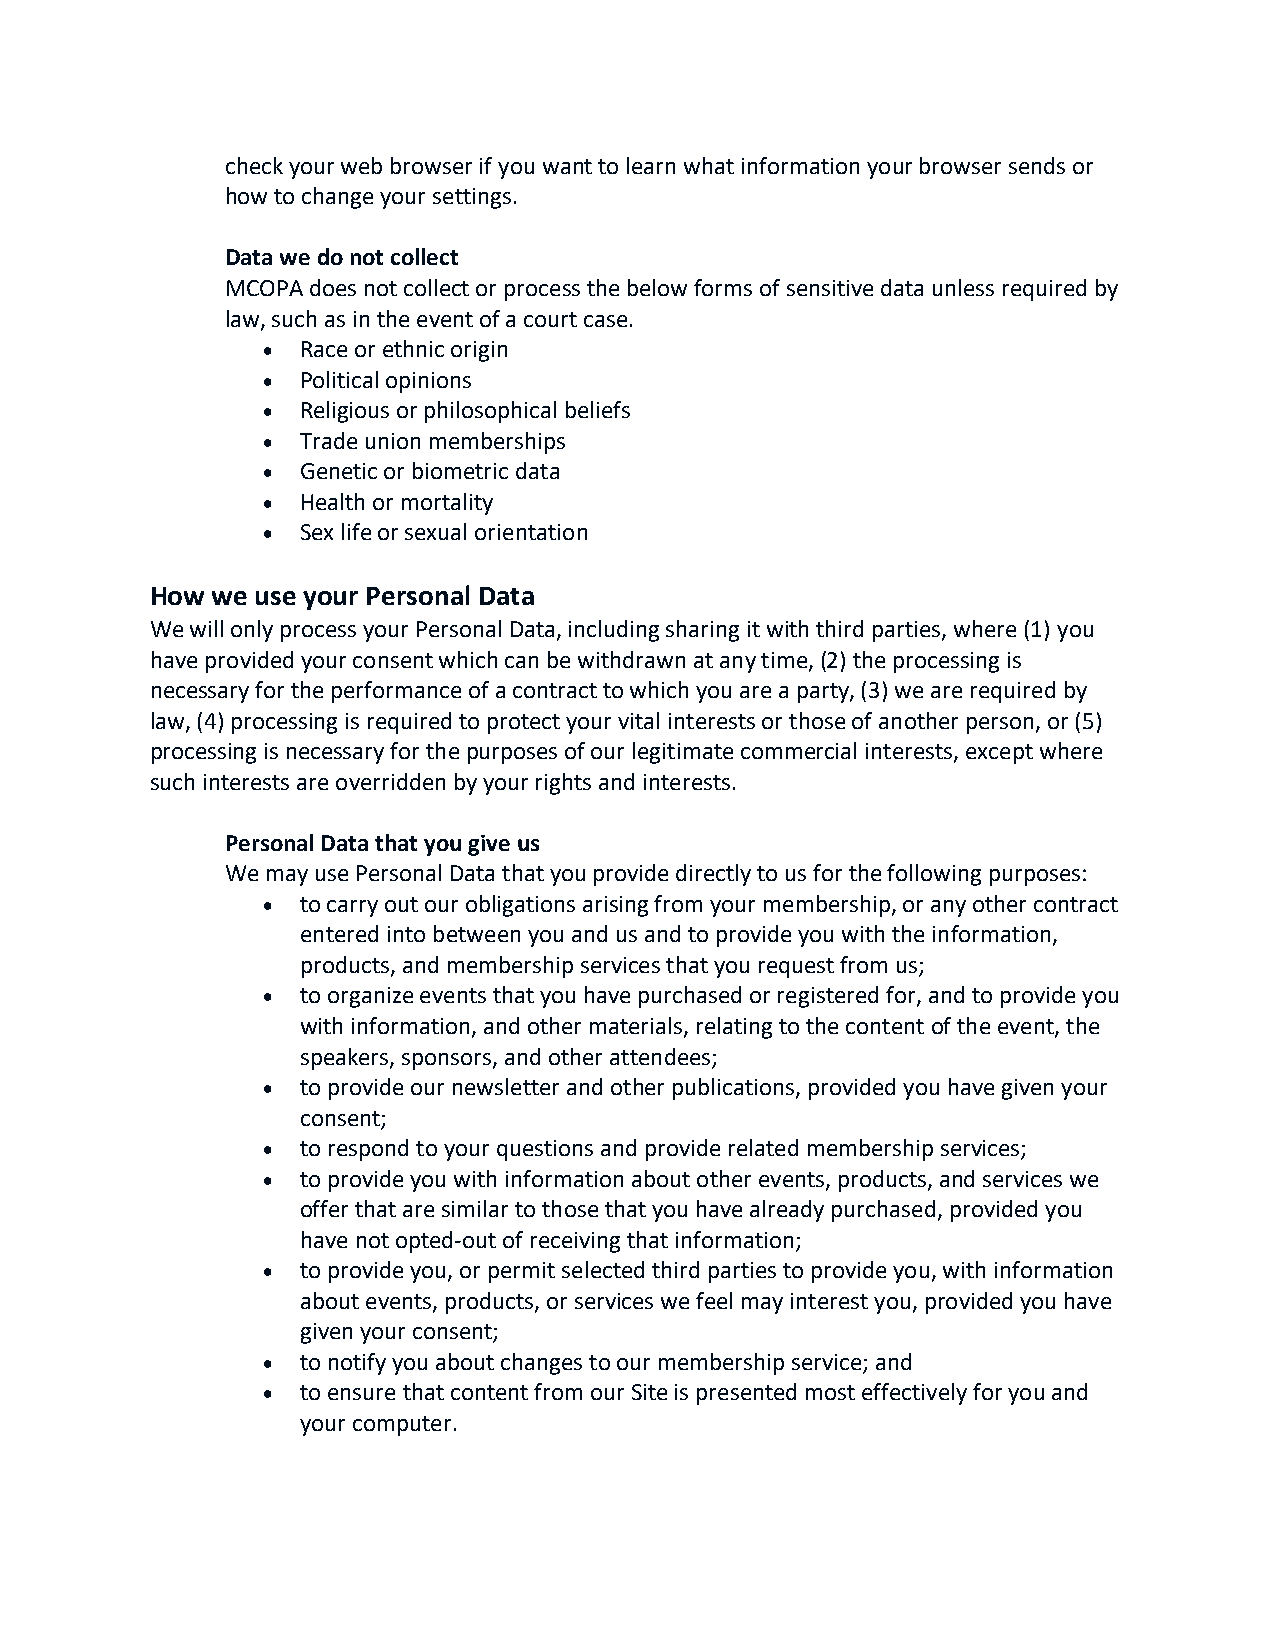
check your web browser if you want to learn what information your browser sends or
 how to change your settings.
 Data we do not collect
 MCOPA does not collect or process the below forms of sensitive data unless required by
 law, such as in the event of a court case.
   Race or ethnic origin
   Political opinions
   Religious or philosophical beliefs
   Trade union memberships
   Genetic or biometric data
   Health or mortality
   Sex life or sexual orientation
 How we use your Personal Data
 We will only process your Personal Data, including sharing it with third parties, where (1) you
 have provided your consent which can be withdrawn at any time, (2) the processing is
 necessary for the performance of a contract to which you are a party, (3) we are required by
 law, (4) processing is required to protect your vital interests or those of another person, or (5)
 processing is necessary for the purposes of our legitimate commercial interests, except where
 such interests are overridden by your rights and interests.
 Personal Data that you give us
 We may use Personal Data that you provide directly to us for the following purposes:
   to carry out our obligations arising from your membership, or any other contract
 entered into between you and us and to provide you with the information,
 products, and membership services that you request from us;
   to organize events that you have purchased or registered for, and to provide you
 with information, and other materials, relating to the content of the event, the
 speakers, sponsors, and other attendees;
   to provide our newsletter and other publications, provided you have given your
 consent;
   to respond to your questions and provide related membership services;
   to provide you with information about other events, products, and services we
 offer that are similar to those that you have already purchased, provided you
 have not opted‐out of receiving that information;
   to provide you, or permit selected third parties to provide you, with information
 about events, products, or services we feel may interest you, provided you have
 given your consent;
   to notify you about changes to our membership service; and
   to ensure that content from our Site is presented most effectively for you and
 your computer.